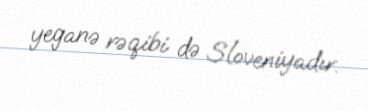
yeganə rəqibi də Sloveniyadır.